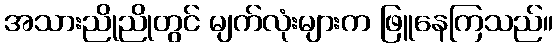
အသားညိုညိုတွင် မျက်လုံးများက ဖြူနေကြသည်။